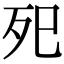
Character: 𭮁